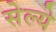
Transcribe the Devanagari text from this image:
सेल्ये